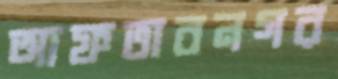
আফতাবনগর